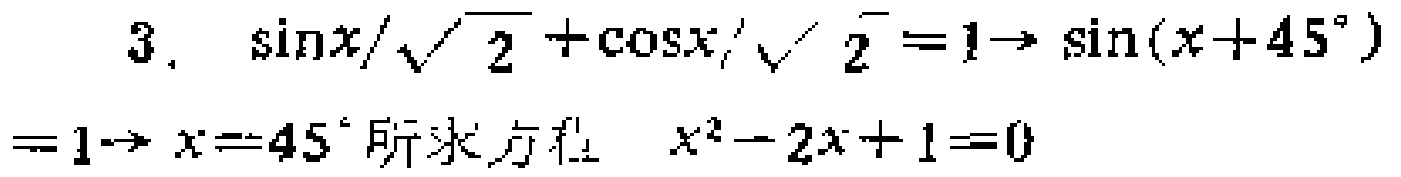
\[
\begin{align*}
&\sin x/\sqrt{2}+\cos x/\sqrt{2}=1\to\sin(x + 45^{\circ})\\
=&1\to x = 45^{\circ}\text{ 所求方程 }x^{2}-2x + 1 = 0
\end{align*}
\]